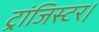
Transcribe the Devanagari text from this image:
ट्रांजिस्टर।